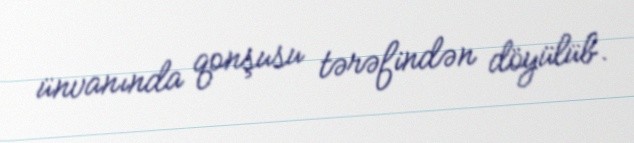
ünvanında qonşusu tərəfindən döyülüb.